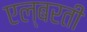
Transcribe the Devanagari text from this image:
एल्बरती